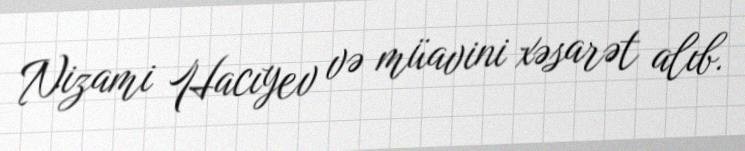
Nizami Hacıyev və müavini xəsarət alıb.